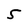
Character: 5